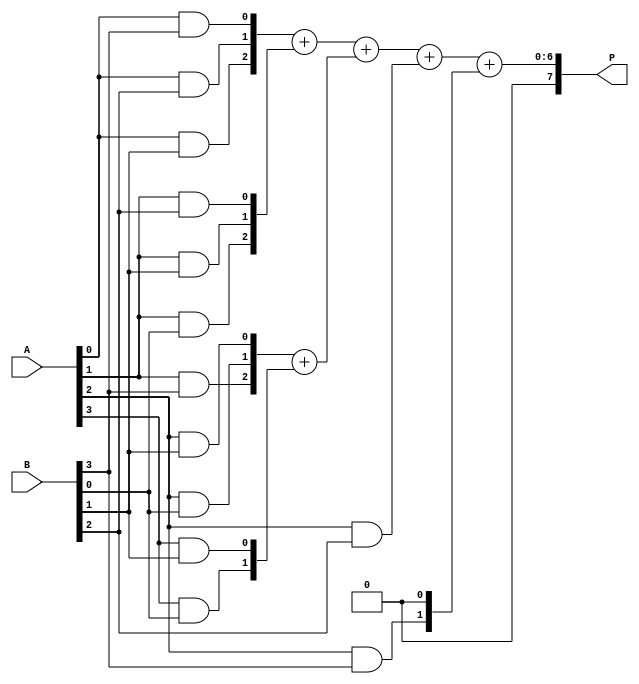
module dadda_multiplier (
    input [3:0] A,    // Input multiplier
    input [3:0] B,    // Input multiplicand
    output [7:0] P    // Product output
);
    wire [3:0] pp [3:0]; // Partial products
    wire [7:0] sum1;      // First stage result
    wire [7:0] sum2;      // Second stage result

    // Partial Product Generation
    generate
        genvar i, j;
        for (i = 0; i < 4; i = i + 1) begin : pp_gen
            for (j = 0; j < 4; j = j + 1) begin : pp_inner
                assign pp[i][j] = A[i] & B[j];
            end
        end
    endgenerate

    // Stage 1: Reduction Tree using Full Adders and Half Adders
    wire [4:0] S1, S2, S3, C1, C2;

    // Combine Partial Products
    // Example combination scheme; modify according to Dadda reduction rules
    assign S1 = {1'b0, pp[0][1], pp[0][2], pp[0][3]} + {1'b0, pp[1][0], pp[1][1], pp[1][2]}; // First set
    assign C1 = {1'b0, pp[1][3], pp[2][0], pp[2][1]} + {1'b0, pp[3][0], pp[3][1]}; // Second set
    assign S2 = S1 + C1; // Intermediate sum

    // Stage 2: Final Addition
    assign P = S2 + {3'b0, pp[2][2]} + {2'b0, pp[2][3], 1'b0}; // Final product calculation

endmodule